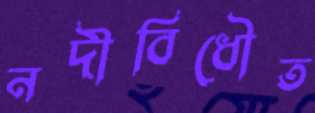
নদীবিধৌত